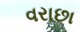
વરાછા